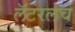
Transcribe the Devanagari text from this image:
लॅटरलचे